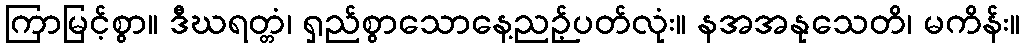
ကြာမြင့်စွာ။ ဒီဃရတ္တံ၊ ရှည်စွာသောနေ့ညဉ့်ပတ်လုံး။ နအအနုသေတိ၊ မကိန်း။